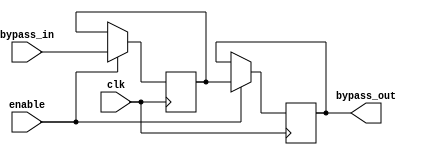
module simple_bypass_register (
    input wire clk,
    input wire enable,
    input wire bypass_in,
    output reg bypass_out
);

reg temp_data;

always @(posedge clk) begin
    if (enable)
        temp_data <= bypass_in;
end

always @(posedge clk) begin
    if (enable)
        bypass_out <= temp_data;
end

endmodule